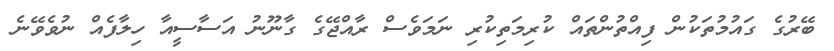
ބޭރުގެ ގައުމުތަކުން ފިއްތުންތައް ކުރިމަތިކުރި ނަމަވެސް ރާއްޖޭގެ ގާނޫނު އަސާސީއާ ހިލާފެއް ނުވެވޭނެ